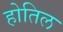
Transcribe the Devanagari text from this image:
होतिल